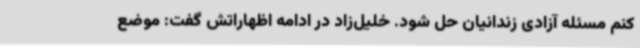
کنم مسئله آزادی زندانیان حل شود. خلیل‌زاد در ادامه اظهاراتش گفت: موضع